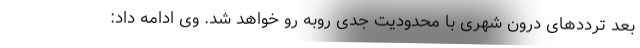
بعد ترددهای درون شهری با محدودیت جدی روبه رو خواهد شد. وی ادامه داد: